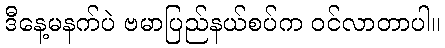
ဒီနေ့မနက်ပဲ ဗမာပြည်နယ်စပ်က ဝင်လာတာပါ။